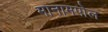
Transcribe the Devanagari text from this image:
मानामपोल